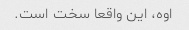
اوه، این واقعا سخت است.